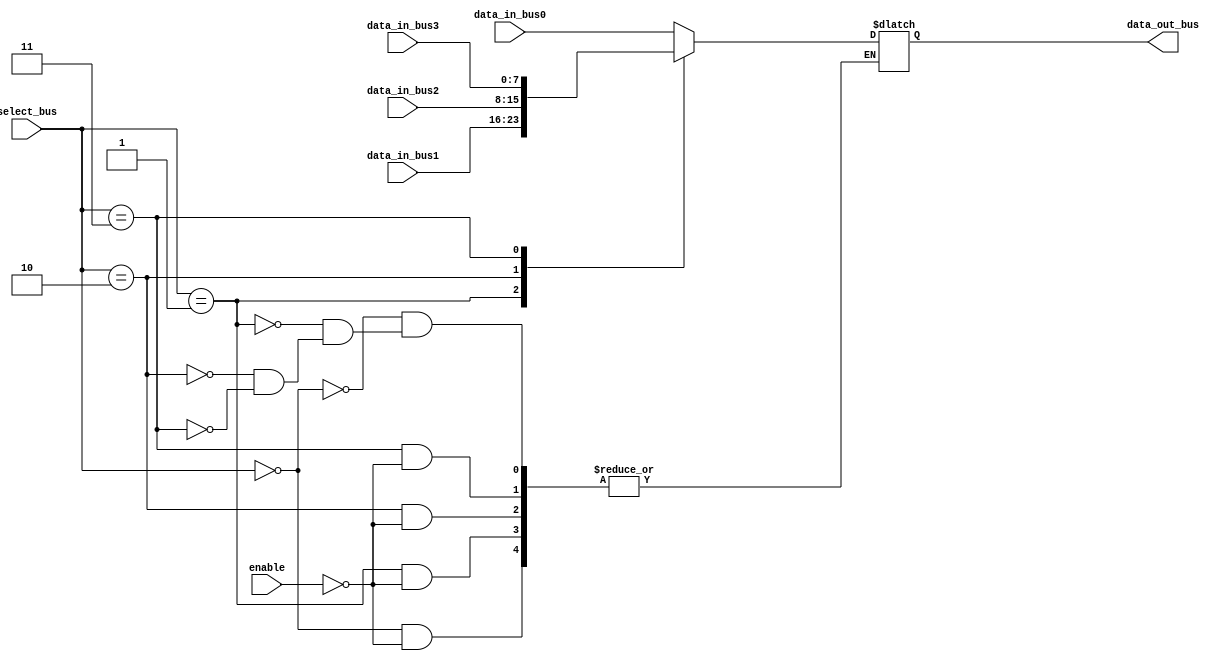
module io_blocks_bus_switch (
    input wire [1:0] select_bus,
    input wire [7:0] data_in_bus0,
    input wire [7:0] data_in_bus1,
    input wire [7:0] data_in_bus2,
    input wire [7:0] data_in_bus3,
    output reg [7:0] data_out_bus,
    input wire enable
);

always @ (select_bus, data_in_bus0, data_in_bus1, data_in_bus2, data_in_bus3, enable) begin
    case (select_bus)
        2'b00: if (enable) data_out_bus <= data_in_bus0;
        2'b01: if (enable) data_out_bus <= data_in_bus1;
        2'b10: if (enable) data_out_bus <= data_in_bus2;
        2'b11: if (enable) data_out_bus <= data_in_bus3;
        default: data_out_bus <= 8'b00000000;
    endcase
end

endmodule